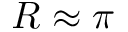
R \approx \pi